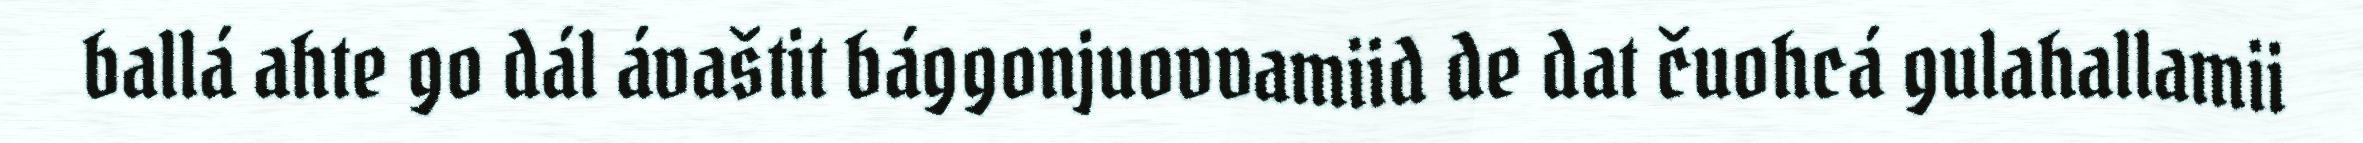
ballá ahte go dál ávaštit bággonjuovvamiid de dat čuohcá gulahallamii